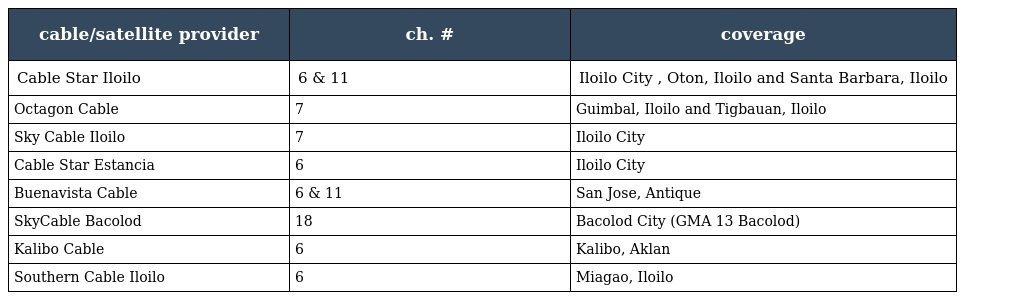
| cable/satellite provider | ch. # | coverage |
 | --- | --- | --- |
 | Cable Star Iloilo | 6 & 11 | Iloilo City , Oton, Iloilo and Santa Barbara, Iloilo |
 | Octagon Cable | 7 | Guimbal, Iloilo and Tigbauan, Iloilo |
 | Sky Cable Iloilo | 7 | Iloilo City |
 | Cable Star Estancia | 6 | Iloilo City |
 | Buenavista Cable | 6 & 11 | San Jose, Antique |
 | SkyCable Bacolod | 18 | Bacolod City (GMA 13 Bacolod) |
 | Kalibo Cable | 6 | Kalibo, Aklan |
 | Southern Cable Iloilo | 6 | Miagao, Iloilo |